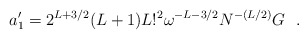
\begin{align*}a'_1= 2^{L +3/2}(L+1)L!^2 \omega^{-L-3/2} N^{-(L/2)} G ~~.\end{align*}